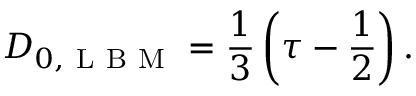
D _ { 0 , \mathrm { ~ L ~ B ~ M ~ } } = \frac { 1 } { 3 } \left( \tau - \frac { 1 } { 2 } \right) .